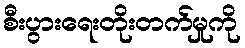
စီးပွားရေးတိုးတက်မှုကို